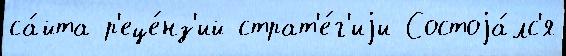
са́йта р'еце́нз'ий страт'е́г'иjи Состоjа́лс'я